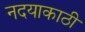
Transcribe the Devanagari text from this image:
नदयाकाठी